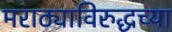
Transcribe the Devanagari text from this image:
मराठ्याविरुद्धच्या